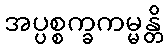
အပ္ပစ္စက္ခကမ္မန္တိ